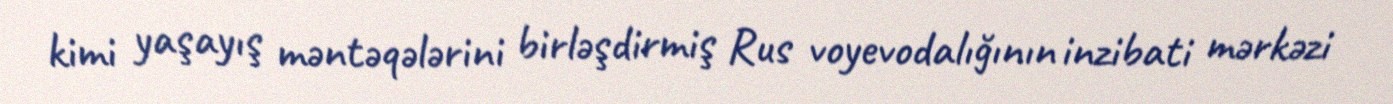
kimi yaşayış məntəqələrini birləşdirmiş Rus voyevodalığının inzibati mərkəzi